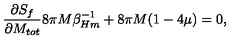
{ \frac { \partial S _ { f } } { \partial M _ { t o t } } } 8 \pi M \beta _ { H m } ^ { - 1 } + 8 \pi M ( 1 - 4 \mu ) = 0 ,